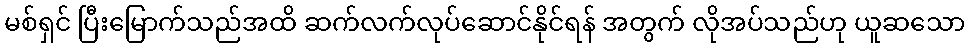
မစ်ရှင် ပြီးမြောက်သည်အထိ ဆက်လက်လုပ်ဆောင်နိုင်ရန် အတွက် လိုအပ်သည်ဟု ယူဆသော